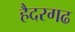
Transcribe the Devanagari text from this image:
हैदरगढ